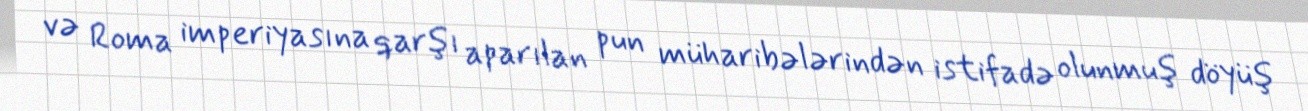
və Roma imperiyasına qarşı aparılan pun müharibələrindən istifadə olunmuş döyüş